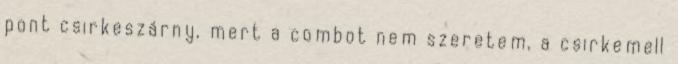
pont csirkeszárny, mert a combot nem szeretem, a csirkemell